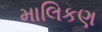
માલિકણ